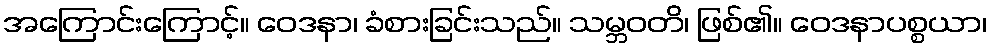
အကြောင်းကြောင့်။ ဝေဒနာ၊ ခံစားခြင်းသည်။ သမ္ဘဝတိ၊ ဖြစ်၏။ ဝေဒနာပစ္စယာ၊